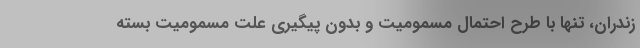
زندران، تنها با طرح احتمال مسمومیت و بدون پیگیری علت مسمومیت بسته